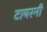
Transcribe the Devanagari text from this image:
टायरनी